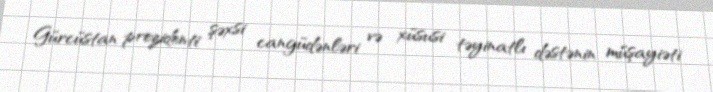
Gürcüstan prezidenti şəxsi cangüdənləri və xüsusi təyinatlı dəstənin müşayiəti